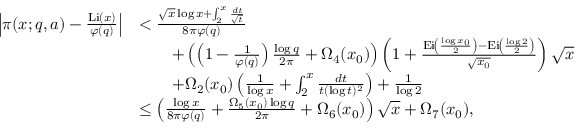
\begin{array} { r l } { \left| \pi ( x ; q , a ) - \frac { \operatorname { L i } ( x ) } { \varphi ( q ) } \right| } & { < \frac { \sqrt { x } \log { x } + \int _ { 2 } ^ { x } \frac { d t } { \sqrt { t } } } { 8 \pi \varphi ( q ) } } \\ & { \qquad + \left( \left( 1 - \frac { 1 } { \varphi ( q ) } \right) \frac { \log { q } } { 2 \pi } + \Omega _ { 4 } ( x _ { 0 } ) \right) \left( 1 + \frac { \operatorname { E i } \! \left( \frac { \log { x _ { 0 } } } { 2 } \right) - \operatorname { E i } \! \left( \frac { \log { 2 } } { 2 } \right) } { \sqrt { x _ { 0 } } } \right) \sqrt { x } } \\ & { \qquad + \Omega _ { 2 } ( x _ { 0 } ) \left( \frac { 1 } { \log { x } } + \int _ { 2 } ^ { x } \frac { d t } { t ( \log { t } ) ^ { 2 } } \right) + \frac { 1 } { \log { 2 } } } \\ & { \leq \left( \frac { \log { x } } { 8 \pi \varphi ( q ) } + \frac { \Omega _ { 5 } ( x _ { 0 } ) \log { q } } { 2 \pi } + \Omega _ { 6 } ( x _ { 0 } ) \right) \sqrt { x } + \Omega _ { 7 } ( x _ { 0 } ) , } \end{array}